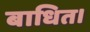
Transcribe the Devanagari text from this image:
बाधित।